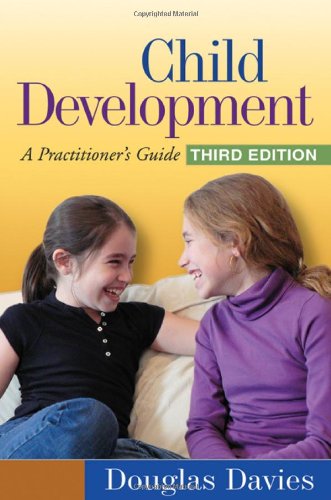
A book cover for Child Development, Third Edition: A Practitioner's Guide (Social Work Practice with Children and Families); Douglas Davies; Medical Books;